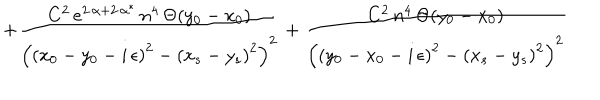
+ \frac { C ^ { 2 } \, e ^ { 2 \, \alpha + 2 \, \alpha ^ { * } } \, n ^ { 4 } \, \Theta ( y _ { 0 } - x _ { 0 } ) } { \left( \left( x _ { 0 } - y _ { 0 } - i \, \epsilon \right) ^ { 2 } - \left( x _ { s } - y _ { s } \right) ^ { 2 } \right) ^ { 2 } } + \frac { C ^ { 2 } \, n ^ { 4 } \, \Theta ( y _ { 0 } - x _ { 0 } ) } { \left( \left( y _ { 0 } - x _ { 0 } - i \, \epsilon \right) ^ { 2 } - \left( x _ { s } - y _ { s } \right) ^ { 2 } \right) ^ { 2 } }